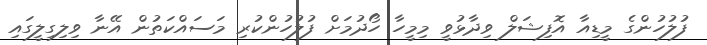
ފުލުހުންގެ މީޑިއާ އޮފިޝަލް ވިދާޅުވީ މިމީހާ ހޯދުމަށް ފުލުހުންކުރި މަސައްކަތުން އޭނާ ވިލިގިލީގައި